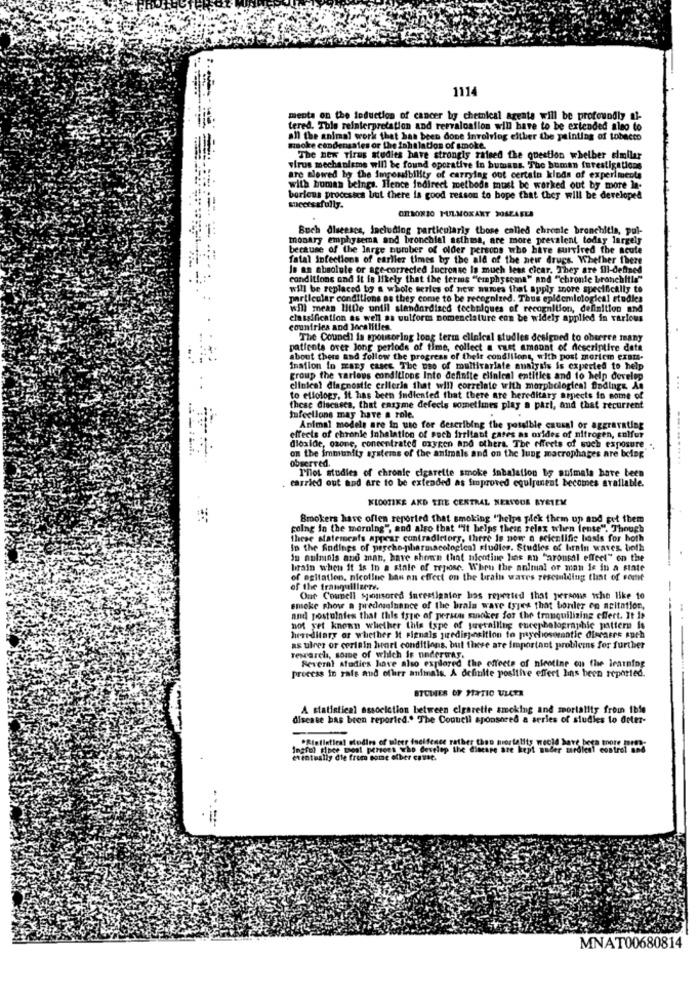
1114
menta on the induction of cancer by chemical agents will be profoundly al-
tered. Tole reinterpretation and reevaluation will have to be extended also to
all the animal work that has been done involving either the painting of tobacco
mokre condensales or the Inhalation of smoke.
The new Tirus studies have strongis raised the question whether similar
virue mechanisme will be found operative in humans. The human investigations
are alowed by the imponibility of carrying out certain kinds of experiments
with human beings. Hence indirect methods must be worked out by more in-
borious processca but there is good reason to hope that they will be developed
successfully.
ORSON20 PULMONARY 30SZAELA
Boch diseases, Including particularly those called chronic bronchitis, pul-
monary emphysema and bronchial asthma, are more prevalent today largely
because of the large number of older persons who have survived the acute
fatal Infections of earlier times by the ald of the new drugs. Whether there
Is an absolute or age-corrected Incronse Is much less cicar. They are Ill-defined
conditions and it is likely that the terms "emphysema" and "chronte bronchitis"
will be replaced by a whole series of new mmes that apply more specifically to
particular conditions ne they come to be recognized. Thus epidemiological studies
will mean little until standardized techniques of recognition, definition and
classification as well as wulform nomenclature con be widely applied in various
countries and localities.
The Council is spousering long term clinical studies designed to observe inany
patients over long periods of time, collect a vast amount of descriptive data
about there and follow the progress of their condiilont, with post mortem exam-
Ination to many cases The use of multivariate analysis is expected to help
group the various conditions Into definite clinical entities and to help develop
clinical diagnostic crllerin that will correlate with morphological findings. As
...
to ellology, It has been indicated that there are hereditary arnects in some of
these diecases, that enzyme defects sometimes play a pari, and that recurrent
Ifeellons may have a role.
Animal models are in uso for describing the possible causal or aggravating
effects of chronle Inhalation of such irritant gases as orides of nitrogen, sulfur
dioxide, ozone, concentrated oxygen and others. The effects of such exposure ...
on the immunity systems of the animals and on the lung macrophages are being
obserred.
Pilot studies of chronie cigarette smoke inhalation by animals bare been
carried out and are to be extended as improved egulgenent becomes available.
KLOOTIKE AND THE CENTRAL NERVOUS SYSTEM
Smokers have often reported that smoking "helps pick them up and get them
poling in the morning", and also that "it helps their relax when lense". Though
these statements appear contradictory, there is now a scientific basis for both
In the findings of psycho-pharmacological Fludies. Studies of brain waves. both
in nulmols and man, have shown that nlentine has an "arousal effect" on the
brain when it is in a state of repose. When the animal or man is in a state
of agitation, nicoline ban on effect on the brain waves zescmiding that of some
of the tranquilizere.
-
Ont Counell sponsored investigator bos repeated that persons who like 10
smoke show a predominance of the brain wave tyjes that bonder on acitation,
and postulnies that this type of person minokes for the tranquilizing effect. It Is
not yet known whether this type of jurecalling encephalographic pattern is
hereditary or whether It signals juredisposition to psychosomatic diseases such
as ulres or certain heart conditions, but there are important problems for further
resvarela, some of which is underway.
Reveral Atadies have also explored the effects of nicotine on the learning
preecss in rats and other animals. A definite positive effect hins been reported.
STUDIES OF STATIO ULCER
A statistical association between cigarette smoking and mortality from ible
disease has been reported." The Couneli sponsored a series of studies lo dret-
"Risfiatical cledirs of ulser fseldence rather then mortality wecld have bege more mist
Inafel place goal persoes who develop the dincare are kept nader sardiest control and
eventually die from some ofber caust.
MNAT00680814